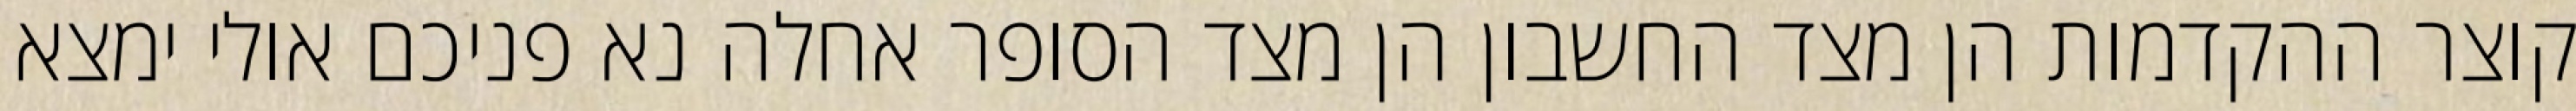
קוצר ההקדמות הן מצד החשבון הן מצד הסופר אחלה נא פניכם אולי ימצא